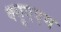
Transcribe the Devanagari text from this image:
क्यूएएम